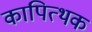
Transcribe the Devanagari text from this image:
कापित्थक